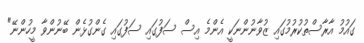
ގައުމު އާރާސްތުކުރުމުގައި ޒުވާނުންނަކީ އެންމެ އިސް ސަފުގައި ސަފުގައި ގެންގުޅެން ބޭނުންވާ މީހުންނޭ"